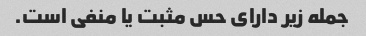
جمله زیر دارای حس مثبت یا منفی است.